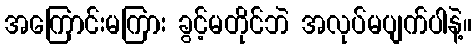
အကြောင်းမကြား ခွင့်မတိုင်ဘဲ အလုပ်မပျက်ပါနဲ့။